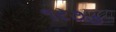
૧ર૭૭